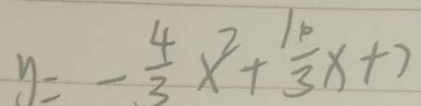
y = - \frac { 4 } { 3 } x ^ { 2 } + \frac { 1 0 } { 3 } x + 7